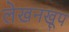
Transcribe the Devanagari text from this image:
लेखनखूप